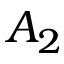
A _ { 2 }